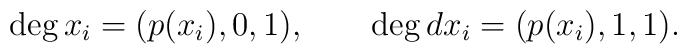
\deg x_i = (p(x_i),0,1),\qquad \deg dx_i = (p(x_i),1,1) .